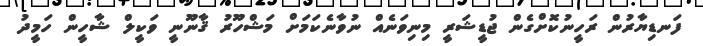
ފަނޑިޔާރުން ރަހީނުކޮށްގެން ޖުޑީޝަރީ މިނިވަނެއް ނުވާނެކަމަށް މަޝްހޫރު ޤާނޫނީ ވަކީލް ޝާހީން ހަމީދު